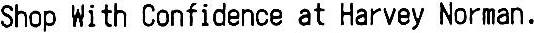
SHOP WITH CONFIDENCE AT HARVEY NORMAN.